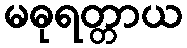
မဓုရတ္တာယ